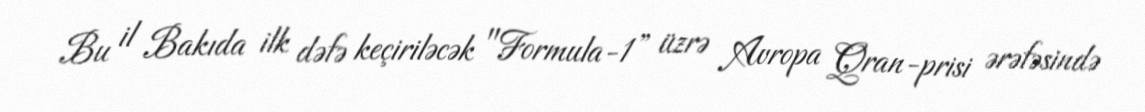
Bu il Bakıda ilk dəfə keçiriləcək "Formula-1” üzrə Avropa Qran-prisi ərəfəsində